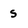
Character: S